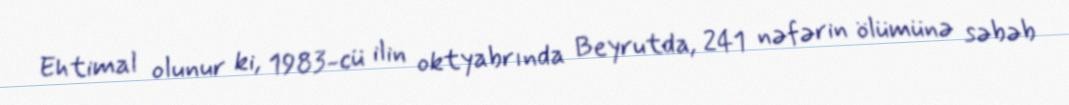
Ehtimal olunur ki, 1983-cü ilin oktyabrında Beyrutda, 241 nəfərin ölümünə səbəb